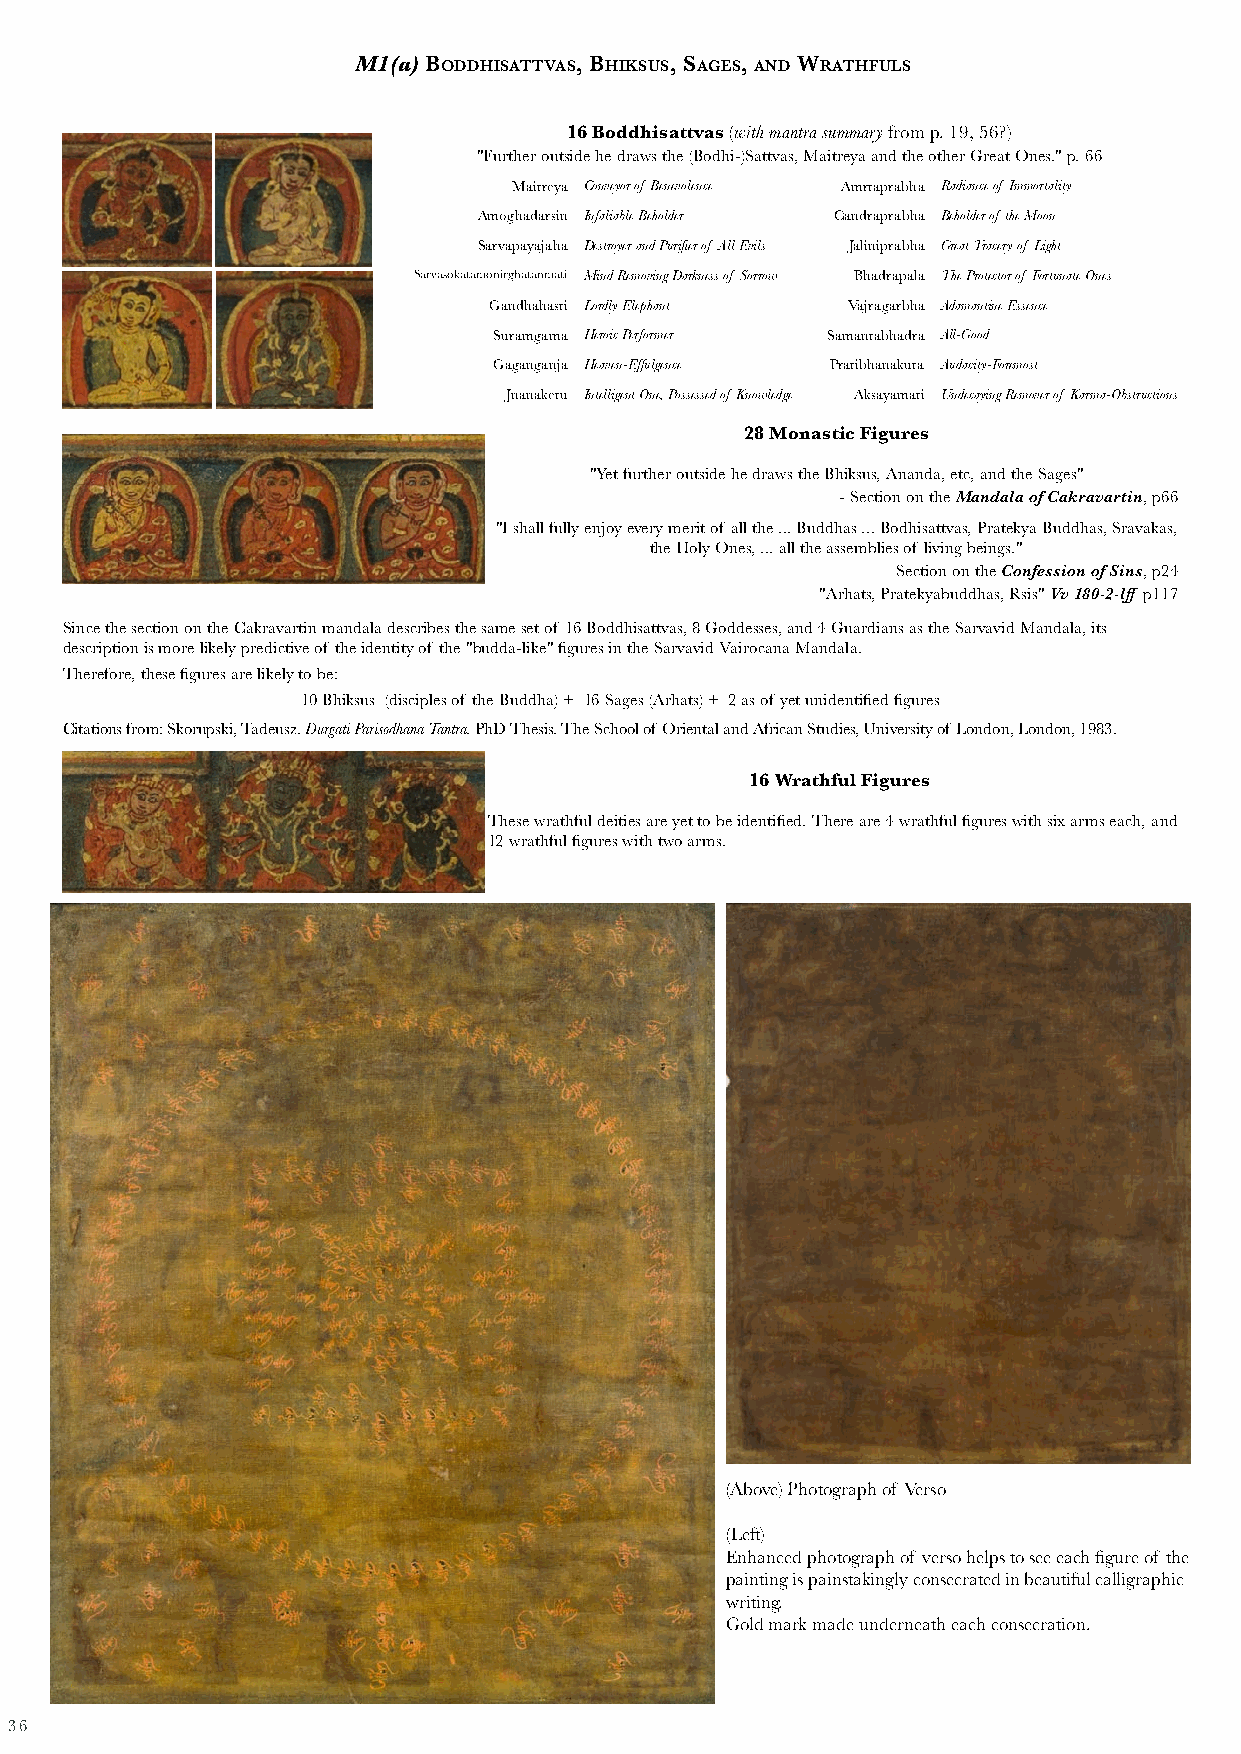
M1(a) Boddhisattvas, Bhiksus, sages, and Wrathfuls
 16 Boddhisattvas (with mantra summary from p. 19, 56?)
 "Further outside he draws the (Bodhi-)Sattvas, Maitreya and the other Great Ones." p. 66
 Maitreya Conveyor of Benevolence Amrtaprabha Radiance of Immortality
 Amoghadarsin Infaliable Beholder Candraprabha Beholder of the Moon
 Sarvapayajaha Destroyer and Purifier of All Evils Jaliniprabha Great Tracery of Light
 Sarvasokatamonirghatanmati Mind Removing Darkness of Sorrow Bhadrapala The Protector of Fortunate Ones
 Gandhahasti Lordly Elephant Vajragarbha Adamantine Essence
 Suramgama Heroic Performer Samantabhadra All-Good
 Gaganganja Heaven-Effulgence Pratibhanakuta Audacity-Foremost
 Jnanaketu Intelligent One, Possessed of Knowledge Aksayamati Undecaying Remover of Karma-Obstructions
 28 Monastic Figures
 "Yet further outside he draws the Bhiksus, Ananda, etc, and the Sages"
 - Section on the Mandala of Cakravartin, p66
 "I shall fully enjoy every merit of all the ... Buddhas ... Bodhisattvas, Pratekya Buddhas, Sravakas,
 the Holy Ones, ... all the assemblies of living beings."
 Section on the Confession of Sins, p24
 "Arhats, Pratekyabuddhas, Rsis" Vv 180-2-lff p117
 Since the section on the Cakravartin mandala describes the same set of 16 Boddhisattvas, 8 Goddesses, and 4 Guardians as the Sarvavid Mandala, its
 description is more likely predictive of the identity of the "budda-like" figures in the Sarvavid Vairocana Mandala.
 Therefore, these figures are likely to be:
 10 Bhiksus (disciples of the Buddha) + 16 Sages (Arhats) + 2 as of yet unidentified figures
 Citations from: Skorupski, Tadeusz. Durgati Parisodhana Tantra. PhD Thesis. The School of Oriental and African Studies, University of London, London, 1983.
 16 Wrathful Figures
 These wrathful deities are yet to be identified. There are 4 wrathful figures with six arms each, and
 12 wrathful figures with two arms.
 (Above) Photograph of Verso
 (Left)
 Enhanced photograph of verso helps to see each figure of the
 painting is painstakingly consecrated in beautiful calligraphic
 writing.
 Gold mark made underneath each consecration.
 36